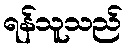
ရန်သူသည်